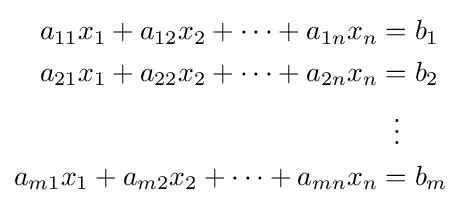
{\begin{aligned}a_{11}x_{1}+a_{12}x_{2}+\cdots +a_{1n}x_{n}&=b_{1}\\a_{21}x_{1}+a_{22}x_{2}+\cdots +a_{2n}x_{n}&=b_{2}\\&\;\;\vdots \\a_{m1}x_{1}+a_{m2}x_{2}+\cdots +a_{mn}x_{n}&=b_{m}\end{aligned}}